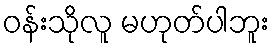
ဝန်းသိုလူ မဟုတ်ပါဘူး